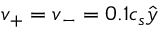
\boldsymbol { v } _ { + } = \boldsymbol { v } _ { - } = 0 . 1 c _ { s } \hat { y }